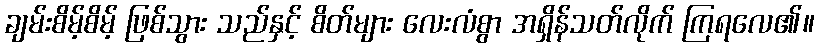
ချမ်းစိမ့်စိမ့် ဖြစ်သွား သည်နှင့် စိတ်များ လေးလံစွာ အရှိန်သတ်လိုက် ကြရလေ၏။